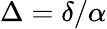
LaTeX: \Delta=\delta/\alpha